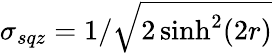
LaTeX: \sigma_{sqz}=1/\sqrt{2\sinh^{2}(2r)}